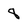
Character: 8